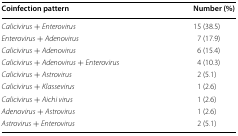
<table><thead><tr><td><b>Coinfection pattern</b></td><td><b>Number (%)</b></td></tr></thead><tbody><tr><td><i>Calicivirus</i> + <i>Enterovirus</i></td><td>15 (38.5)</td></tr><tr><td><i>Enterovirus</i> + <i>Adenovirus</i></td><td>7 (17.9)</td></tr><tr><td><i>Calicivirus</i> + <i>Adenovirus</i></td><td>6 (15.4)</td></tr><tr><td><i>Calicivirus</i> + <i>Adenovirus</i> + <i>Enterovirus</i></td><td>4 (10.3)</td></tr><tr><td><i>Calicivirus</i> + <i>Astrovirus</i></td><td>2 (5.1)</td></tr><tr><td><i>Calicivirus</i> + <i>Klassevirus</i></td><td>1 (2.6)</td></tr><tr><td><i>Calicivirus</i> + <i>Aichi virus</i></td><td>1 (2.6)</td></tr><tr><td><i>Adenovirus</i> + <i>Astrovirus</i></td><td>1 (2.6)</td></tr><tr><td><i>Astrovirus</i> + <i>Enterovirus</i></td><td>2 (5.1)</td></tr></tbody></table>